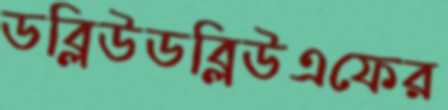
ডব্লিউডব্লিউএফের